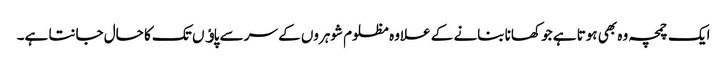
ایک چمچہ وہ بھی ہوتا ہے جو کھانا بنانے کے علاوہ مظلوم شوہروں کے سر سے پاﺅں تک کا حال جانتا ہے۔